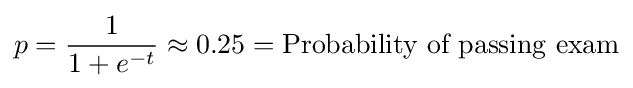
p={\frac {1}{1+e^{-t}}}\approx 0.25={\text{Probability of passing exam}}